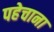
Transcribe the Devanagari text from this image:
पहेचाना